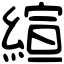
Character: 縇